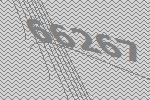
66267